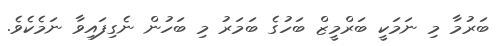
ބަރުމާ މި ނަމަކީ ބަރްމީޒް ބަހުގެ ބަމަރު މި ބަހުން ނެގިފައިވާ ނަމެކެވެ.